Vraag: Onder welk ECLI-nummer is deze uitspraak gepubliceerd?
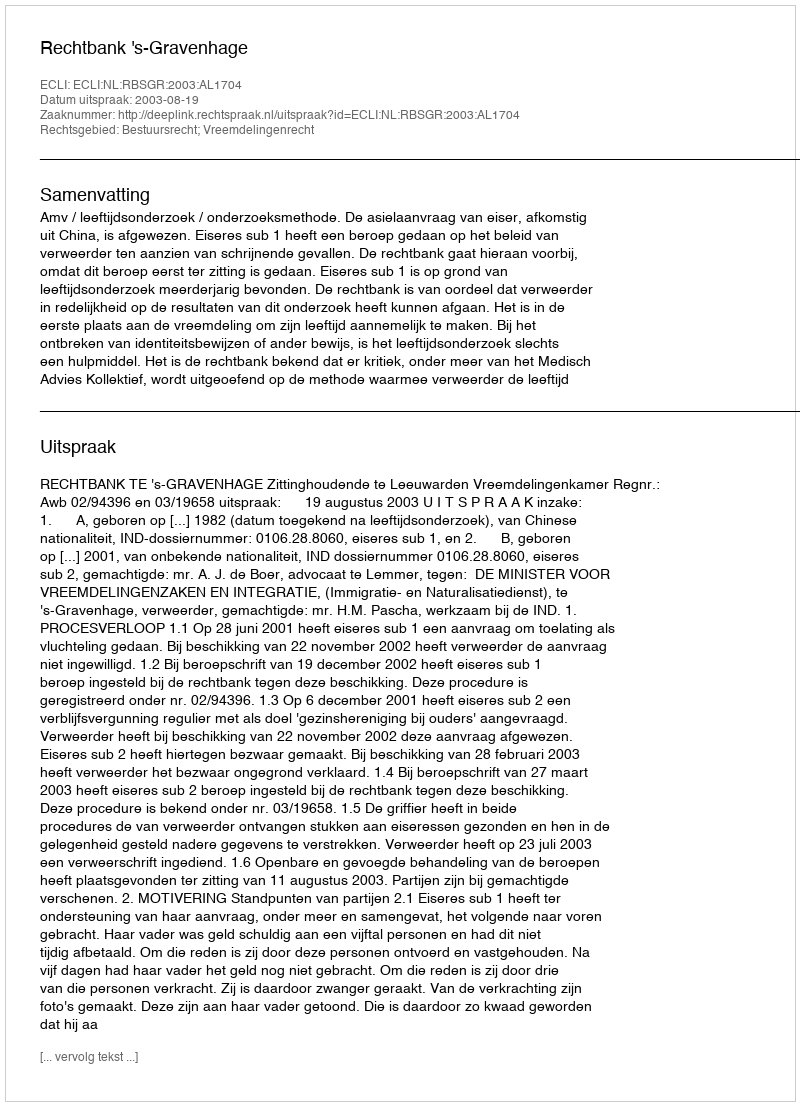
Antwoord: ECLI:NL:RBSGR:2003:AL1704